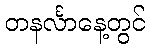
တနင်္လာနေ့တွင်